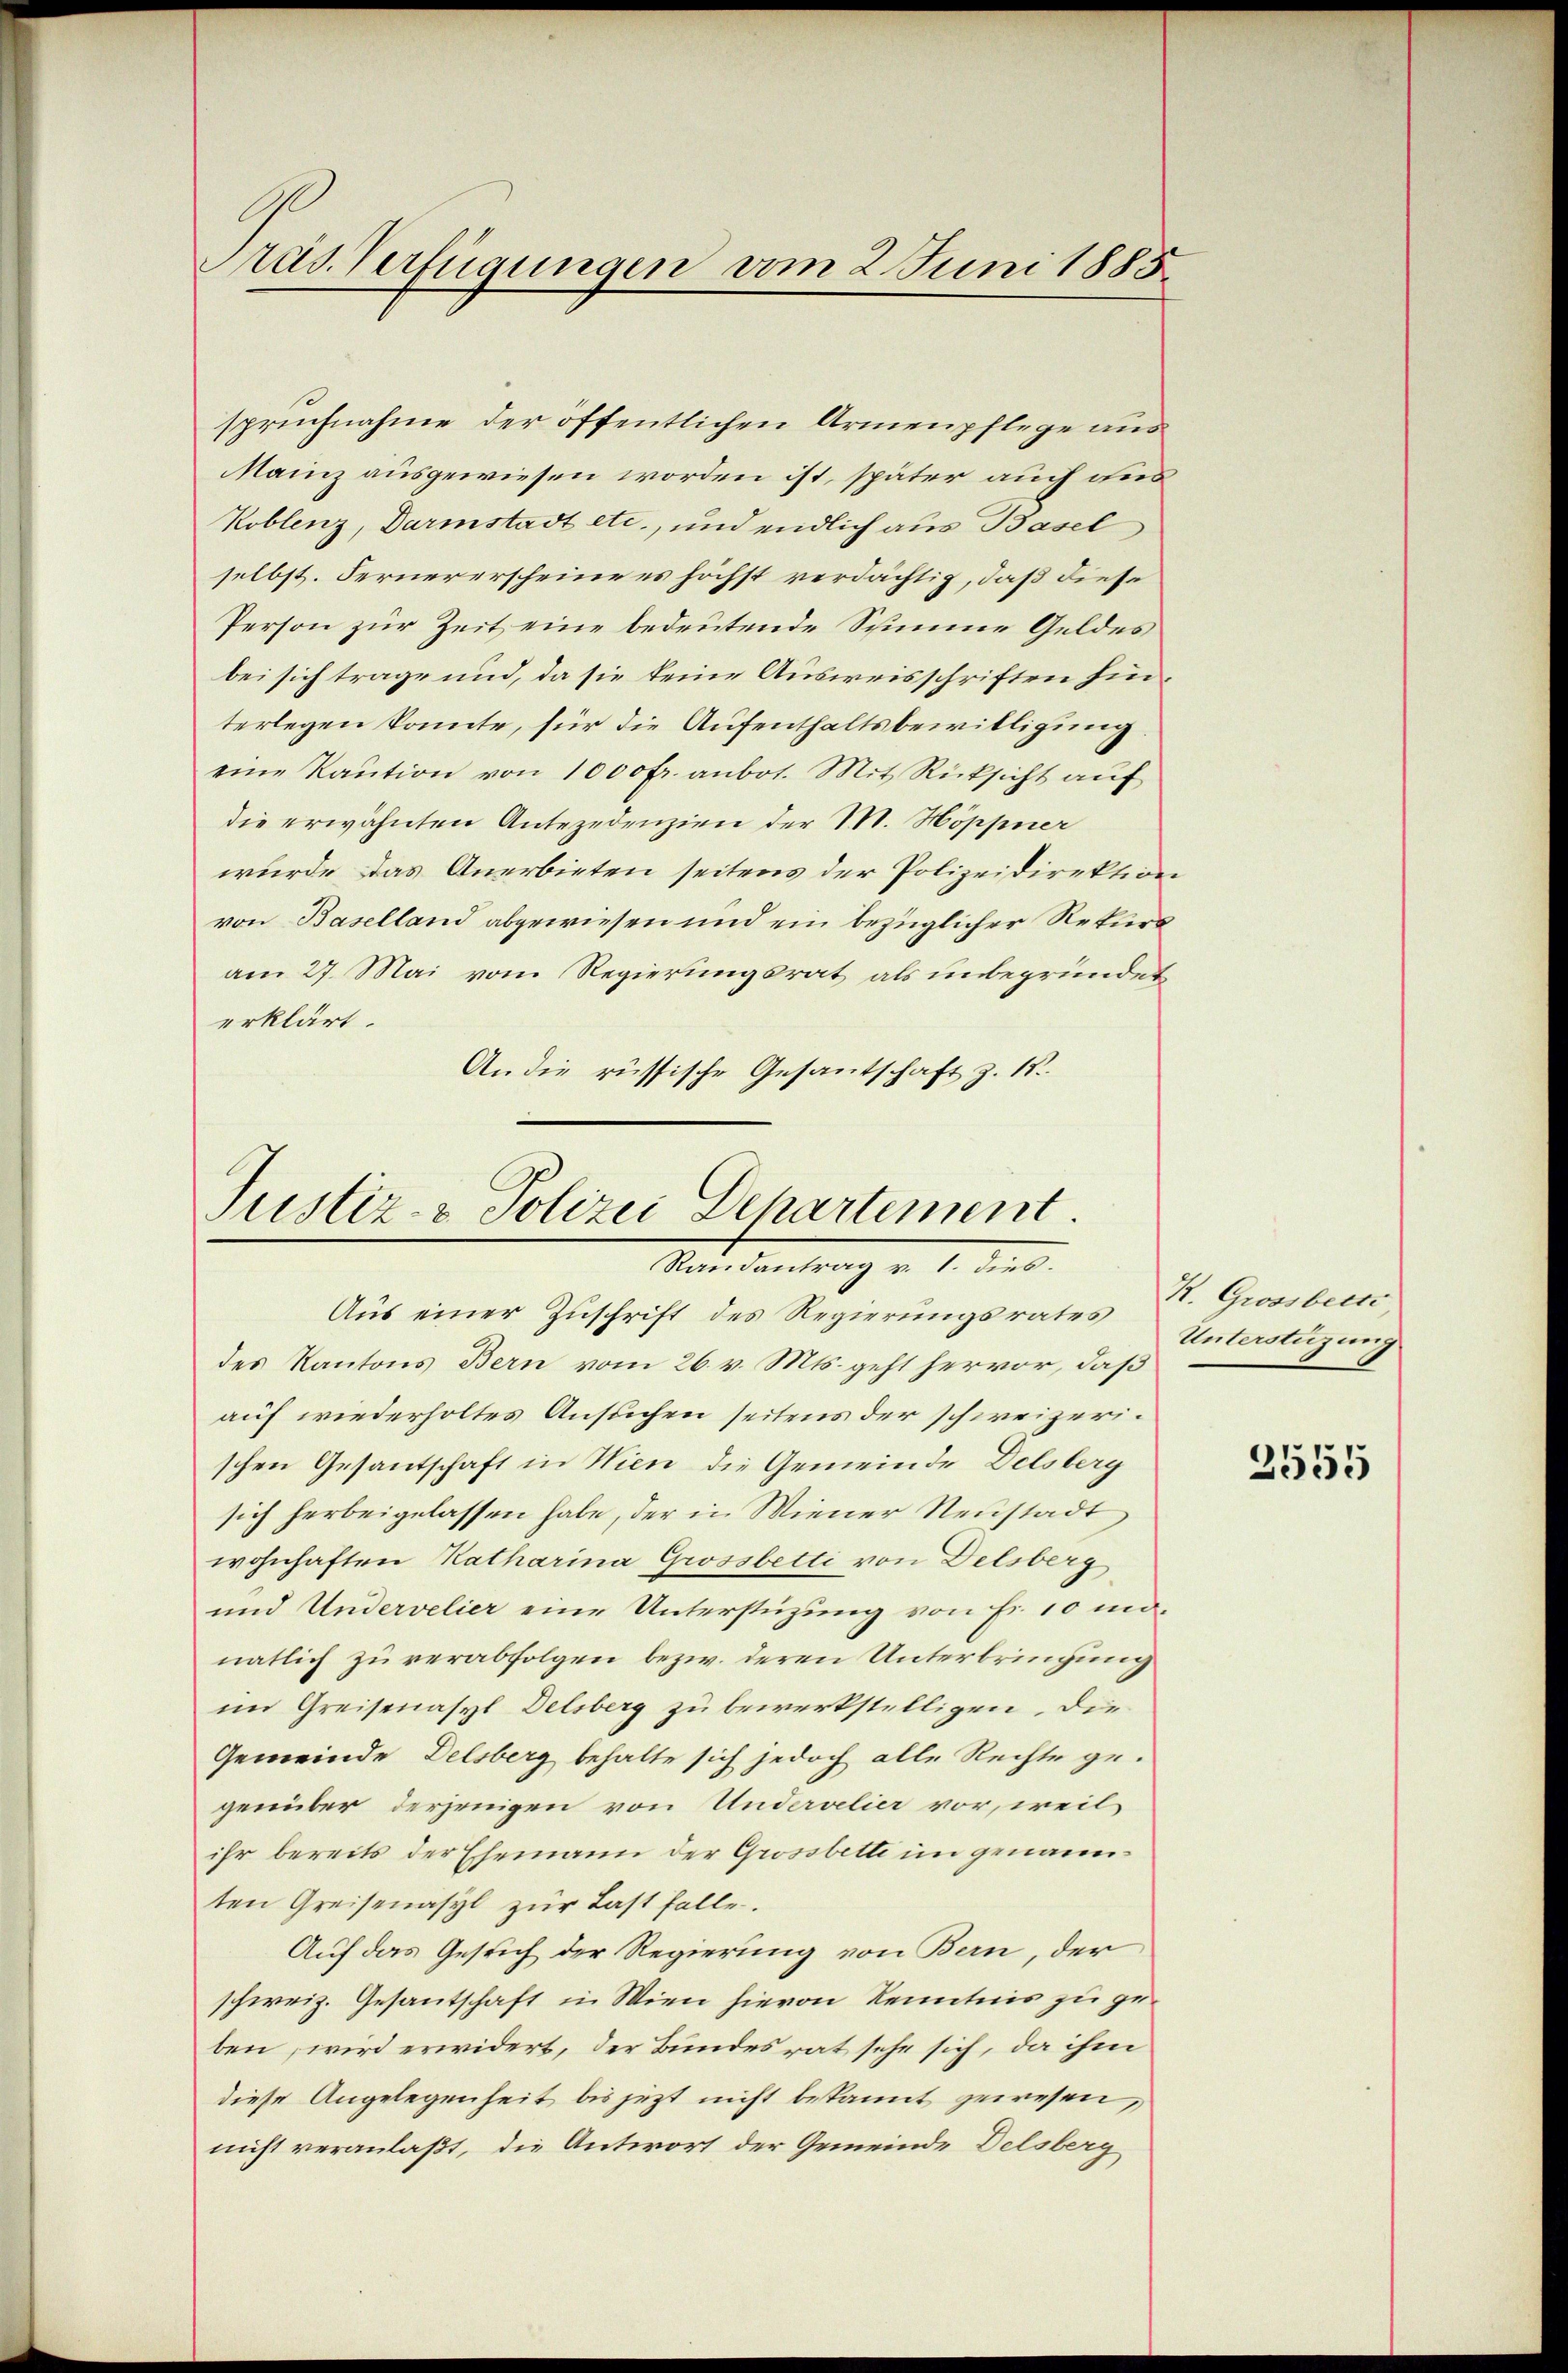
Pras Verfügungen vom 2. Juni 1885

MMainz ausgewiesen worden ist, später auch ans
Koblenz, Darmstadt etc., und endlich aus Basel
selbst. Fernererscheine es höchst verdächtig, daß diese
Person zur Zeit eine bedeutende Schimme Geldes
bei sich trage und, da sie keine Ausweisschriften hinterlegen konnte, für die Aufenthaltsbewilligung.
eine Kaution von 1000 fr. anbot. Mit Rücksicht auf
die erwähnten Antezedenzien der M. Höppner
wurde das Anerbieten seitens der Polizeidirektion
von Baselland abgewiesen und ein bezüglicher Rekurs
am 27. Mai vom Regierungsrat als unbegründet
erklärt.
An die russische Gesantschaft z. 15.

spruchnahme der öffentlichen Armenpflege aus

Justiz- & Polizei Departement.
Mandantrag v. 1. dies
Aus einer Zuschrift des Regierungsrates St. Grossbecs

des Kantons Bern vom 26. v. Mts. geht hervor, daß
auf wiederholtes Ansuchen seitens der schweizerischen Gesantschaft in Wien die Gemeinde Delsberg
sich herbeigelassen habe, der in Wiener Neustadt
wohnhaften Katharina Grossbetti von Delsberg
und Undervelier eine Unterstüzung von Fr. 10 mönatlich zu verabfolgen bezw. deren Unterbringung
im Greisenasyl Delsberg zu bewerkstelligen, die
Gemeinde Delsberg behalte sich jedoch alle Rechte ge-
genüber derjenigen von Undervelier vor, weil
ihr bereits der Ehemann der Grossbette im genannten Greisenasyl zŭr Last falle.
Auf das Gesuch der Regierung von Bern, der
schweiz. Gesantschaft in Wien hievon Kenntnis zu geben, wird erwidert, der Bundesrat sehe sich, da ihm
diese Angelegenheit bis jezt nicht bekannt gewesen,
nicht veranlaßt, die Antwort der Gemeinde Delsberg

Unterstüzung

2555